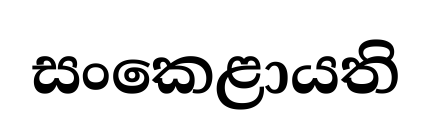
සංකෙළායති